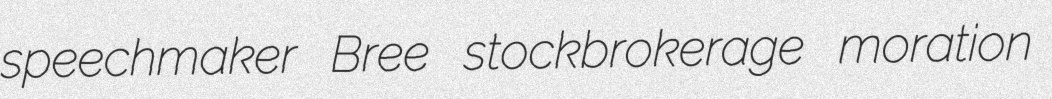
speechmaker Bree stockbrokerage moration